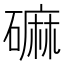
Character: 𪿳